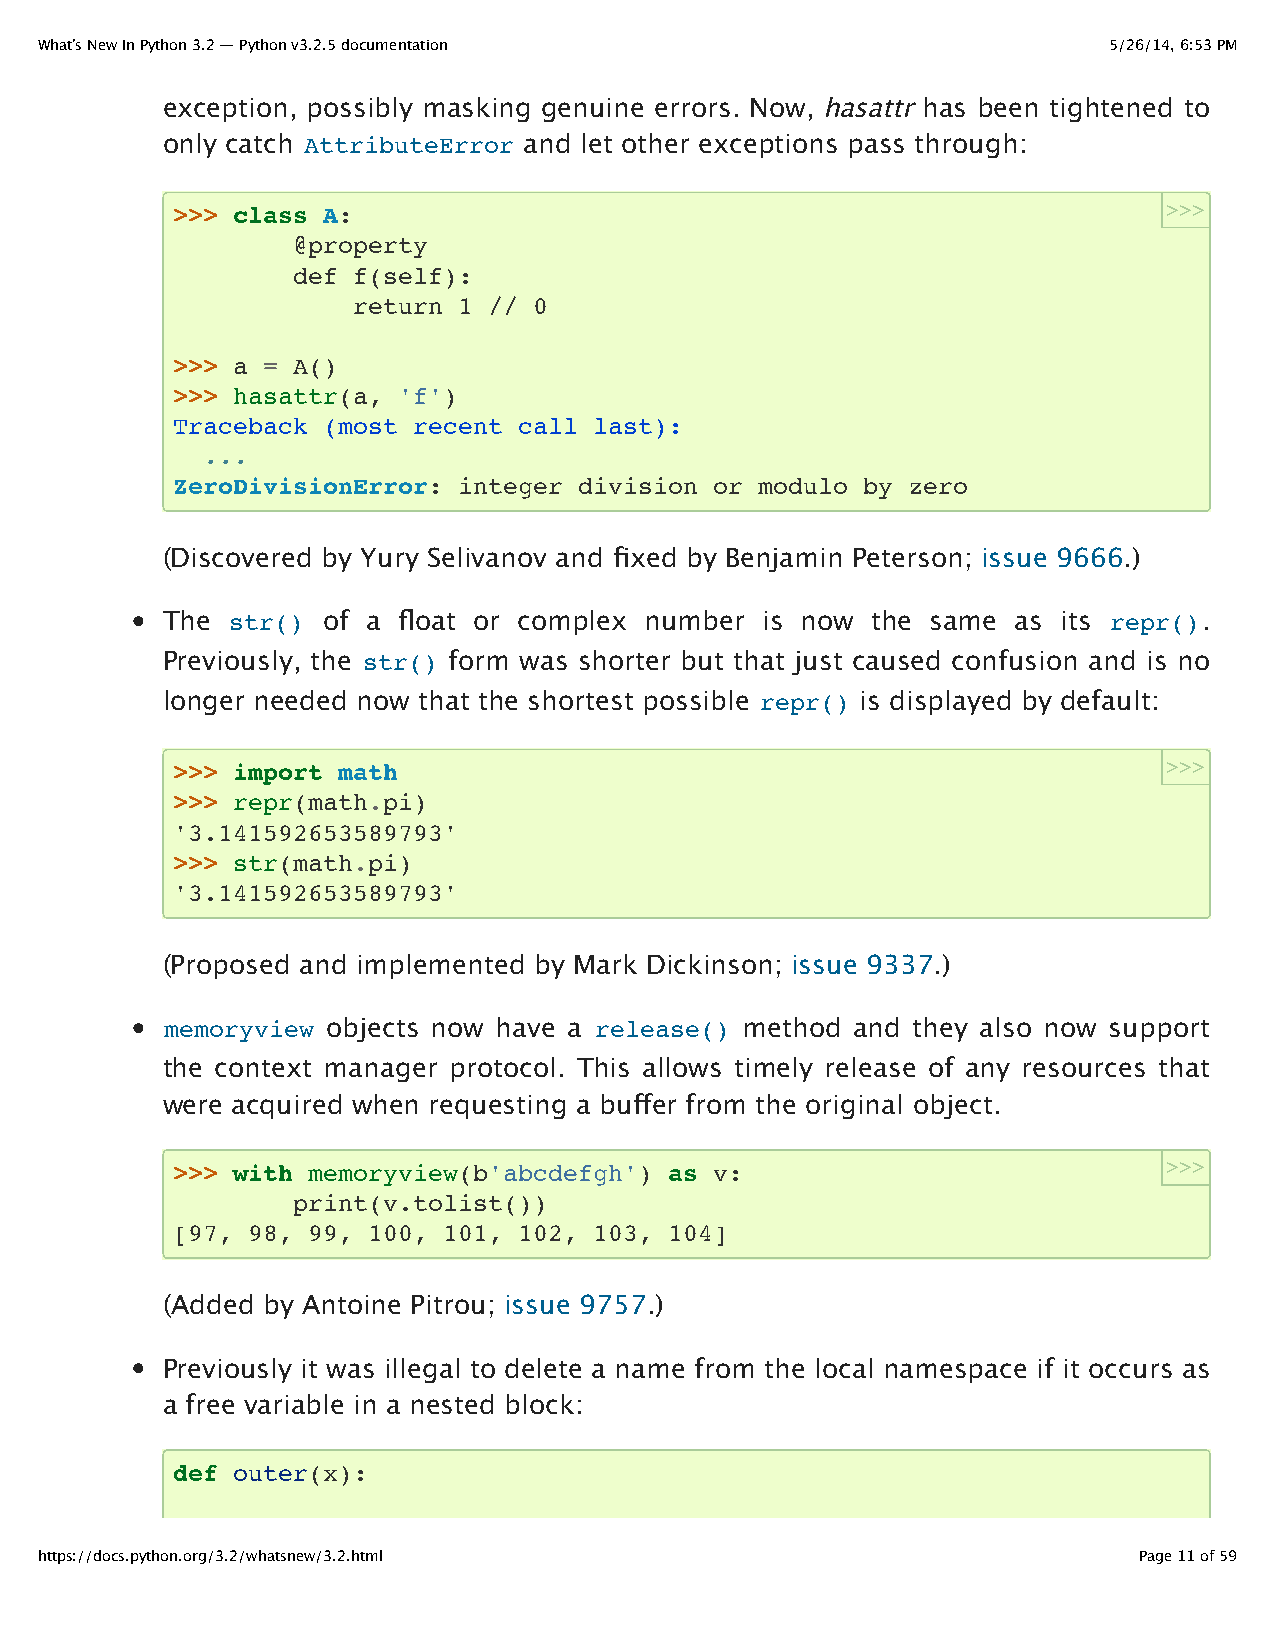
What’s New In Python 3.2 — Python v3.2.5 documentation                 5/26/14, 6:53 PM
 exception, possibly masking genuine errors. Now, hasattr has been tightened to
 only catch AttributeError and let other exceptions pass through:
 >>> class A:                                                      >>>
 @property
 def f(self):
 return 1 // 0
 >>> a = A()
 >>> hasattr(a, 'f')
 Traceback (most recent call last):
 ...
 ZeroDivisionError: integer division or modulo by zero
 (Discovered by Yury Selivanov and fixed by Benjamin Peterson; issue 9666.)
 The str() of a float or complex number  is now the same as its repr().
 Previously, the str() form was shorter but that just caused confusion and is no
 longer needed now that the shortest possible repr() is displayed by default:
 >>> import math                                                   >>>
 >>> repr(math.pi)
 '3.141592653589793'
 >>> str(math.pi)
 '3.141592653589793'
 (Proposed and implemented by Mark Dickinson; issue 9337.)
 memoryview objects now have a release() method and they also now support
 the context manager protocol. This allows timely release of any resources that
 were acquired when requesting a buffer from the original object.
 >>> with memoryview(b'abcdefgh') as v:                            >>>
 print(v.tolist())
 [97, 98, 99, 100, 101, 102, 103, 104]
 (Added by Antoine Pitrou; issue 9757.)
 Previously it was illegal to delete a name from the local namespace if it occurs as
 a free variable in a nested block:
 def outer(x):
 https://docs.python.org/3.2/whatsnew/3.2.html                            Page 11 of 59